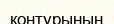
контурының